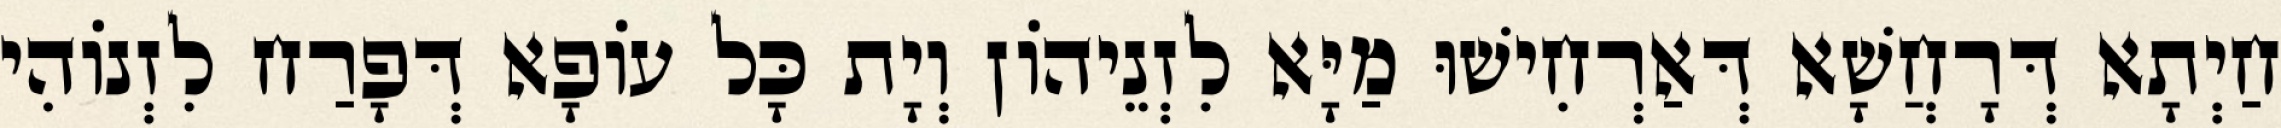
חַיְתָא דְּרָחֲשָׁא דְּאַרְחִישׁוּ מַיָּא לִזְנֵיהוֹן וְיָת כָּל עוֹפָא דְּפָרַח לִזְנוֹהִי